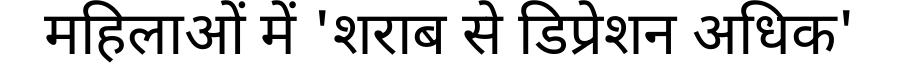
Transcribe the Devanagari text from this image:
महिलाओं में 'शराब से डिप्रेशन अधिक'